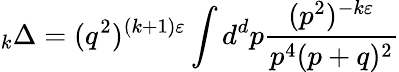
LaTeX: \mathrm{}_{k}\Delta=(q^{2})^{(k+1)\varepsilon}\int d^{d}p\frac{(p^{2})^{-k\varepsilon}}{p^{4}(p+q)^{2}}